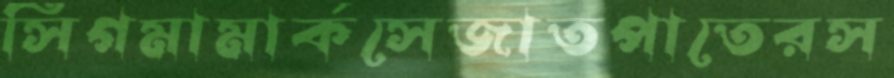
সিগমামার্কসেজাতপাতেরস